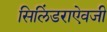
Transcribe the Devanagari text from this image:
सिलिंडराऐवजी